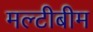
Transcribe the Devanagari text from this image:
मल्टीबीम